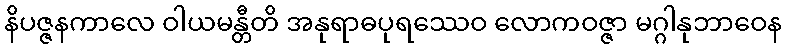
နိပဇ္ဇနကာလေ ဝါယမန္တီတိ အနုရာဓပုရဿေဝ လောကဝဇ္ဇာ မဂ္ဂါနုဘာဝေန